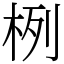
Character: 栵